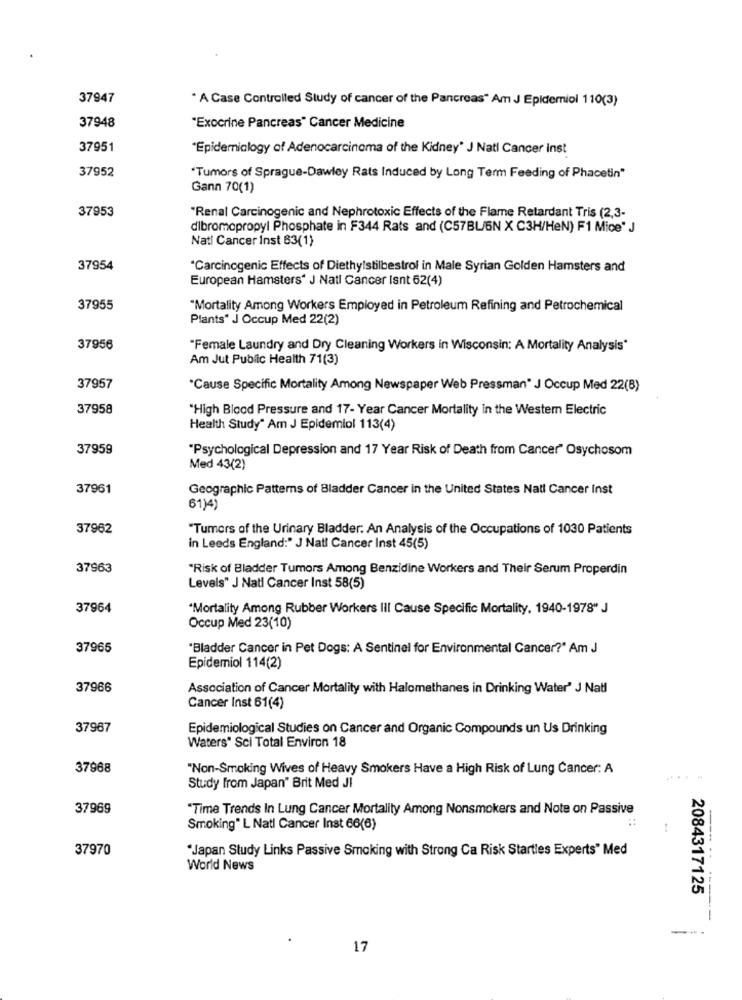
37947
* A Case Controlled Study of cancer of the Pancreas" Am J Epidemiol 110(3)
37948
"Exocrine Pancreas" Cancer Medicine
37951
"Epidemiology of Adenocarcinoma of the Kidney' J Natl Cancer inst
37952
"Tumors of Sprague-Dawley Rats Induced by Long Term Feeding of Phacetin"
Gann 70(1)
37953
"Renal Carcinogenic and Nephrotoxic Effects of the Flame Retardant Tris (2,3-
dibromopropyl Phosphate in F344 Rats and (C57BL/GN X C3H/HeN) F1 Mice" J
Natl Cancer Inst 83(1)
37954
'Carcinogenic Effects of Diethylstilbestrol in Male Syrian Golden Hamsters and
European Hamsters“ J Natl Cancer Isnt 62(4)
37955
"Mortality Among Workers Employed in Petroleum Refining and Petrochemical
Plants" J Occup Med 22(2)
37956
"Female Laundry and Dry Cleaning Workers in Wisconsin: A Mortality Analysis"
Am Jut Public Health 71(3)
37957
"Cause Specific Mortality Among Newspaper Web Pressman" J Occup Med 22(B)
37958
"High Blood Pressure and 17- Year Cancer Mortality in the Westem Electric
Health Study" Am J Epidemiol 113(4)
37959
"Psychological Depression and 17 Year Risk of Death from Cancer" Osychosom
Med 43(2)
37961
Geographic Patterns of Bladder Cancer in the United States Natl Cancer Inst
61)4)
37962
"Tumors of the Urinary Bladder: An Analysis of the Occupations of 1030 Patients
in Leeds England:" J Natl Cancer Inst 45(5)
37963
"Risk of Bladder Tumors Among Benzidine Workers and Their Serum Properdin
Levels" J Natl Cancer Inst 58(5)
37964
"Mortality Among Rubber Workers III Cause Specific Mortality, 1940-1978" J
Occup Med 23(10)
37965
"Bladder Cancer in Pet Dogs: A Sentinel for Environmental Cancer?" Am J
Epidemiol 114(2)
37966
Association of Cancer Mortality with Halomethanes in Drinking Water' J Natl
Cancer Inst 61(4)
37967
Epidemiological Studies on Cancer and Organic Compounds un Us Drinking
Waters" Sci Total Environ 18
37968
"Non-Smoking Wives of Heavy Smokers Have a High Risk of Lung Cancer: A
Study from Japan" Brit Med JI
37969
"Time Trends In Lung Cancer Mortality Among Nonsmokers and Note on Passive
Smoking" L Nati Cancer Inst 66(6)
37970
"Japan Study Links Passive Smoking with Strong Ca Risk Startles Experts" Med
World News
2084317125
17